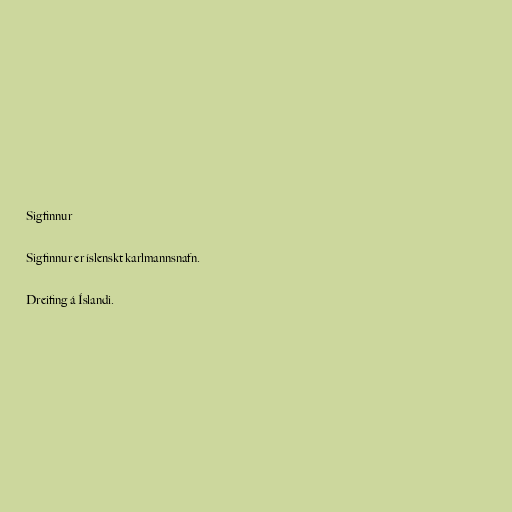
Sigfinnur

Sigfinnur er íslenskt karlmannsnafn.

Dreifing á Íslandi.